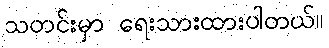
သတင်းမှာ ရေးသားထားပါတယ်။